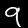
Label: 9